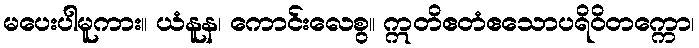
မပေးပါမူကား။ ယံနူန၊ ကောင်းလေစွ။ ဣတိဧတံဧသောပရိဝိတက္ကော၊